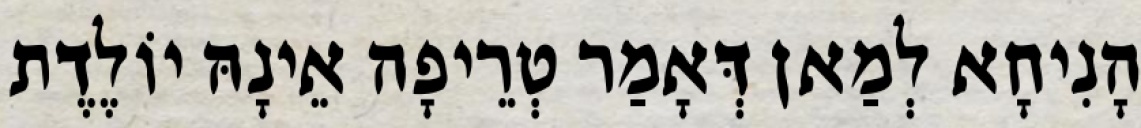
הָנִיחָא לְמַאן דְּאָמַר טְרֵיפָה אֵינָהּ יוֹלֶדֶת